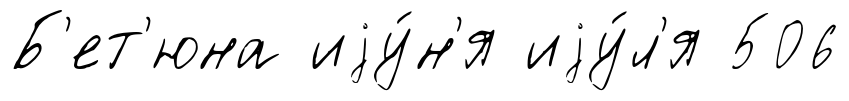
Б'ет'юна иjу́н'я иjу́л'я 506